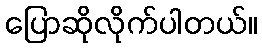
ပြောဆိုလိုက်ပါတယ်။